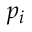
p _ { i }